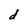
Character: d